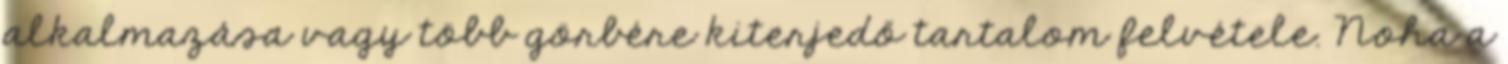
alkalmazása vagy több görbére kiterjedő tartalom felvétele. Noha a